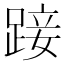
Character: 踥